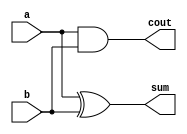
`timescale 1ns / 1ps
//////////////////////////////////////////////////////////////////////////////////
// Company: 
// Engineer: 
// 
// Design Name: 
// Module Name: HalfAdder
// Project Name: 
// Target Devices: 
// Tool Versions: 
// Description: 
// 
// Dependencies: 
// 
// Revision:
// Revision 0.01 - File Created
// Additional Comments:
// 
//////////////////////////////////////////////////////////////////////////////////


module HalfAdder(a, b, sum, cout);

input a, b;
output sum, cout;

assign	sum = a ^ b;
assign	cout = a & b;

endmodule